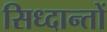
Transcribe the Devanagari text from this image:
सिध्दान्तों